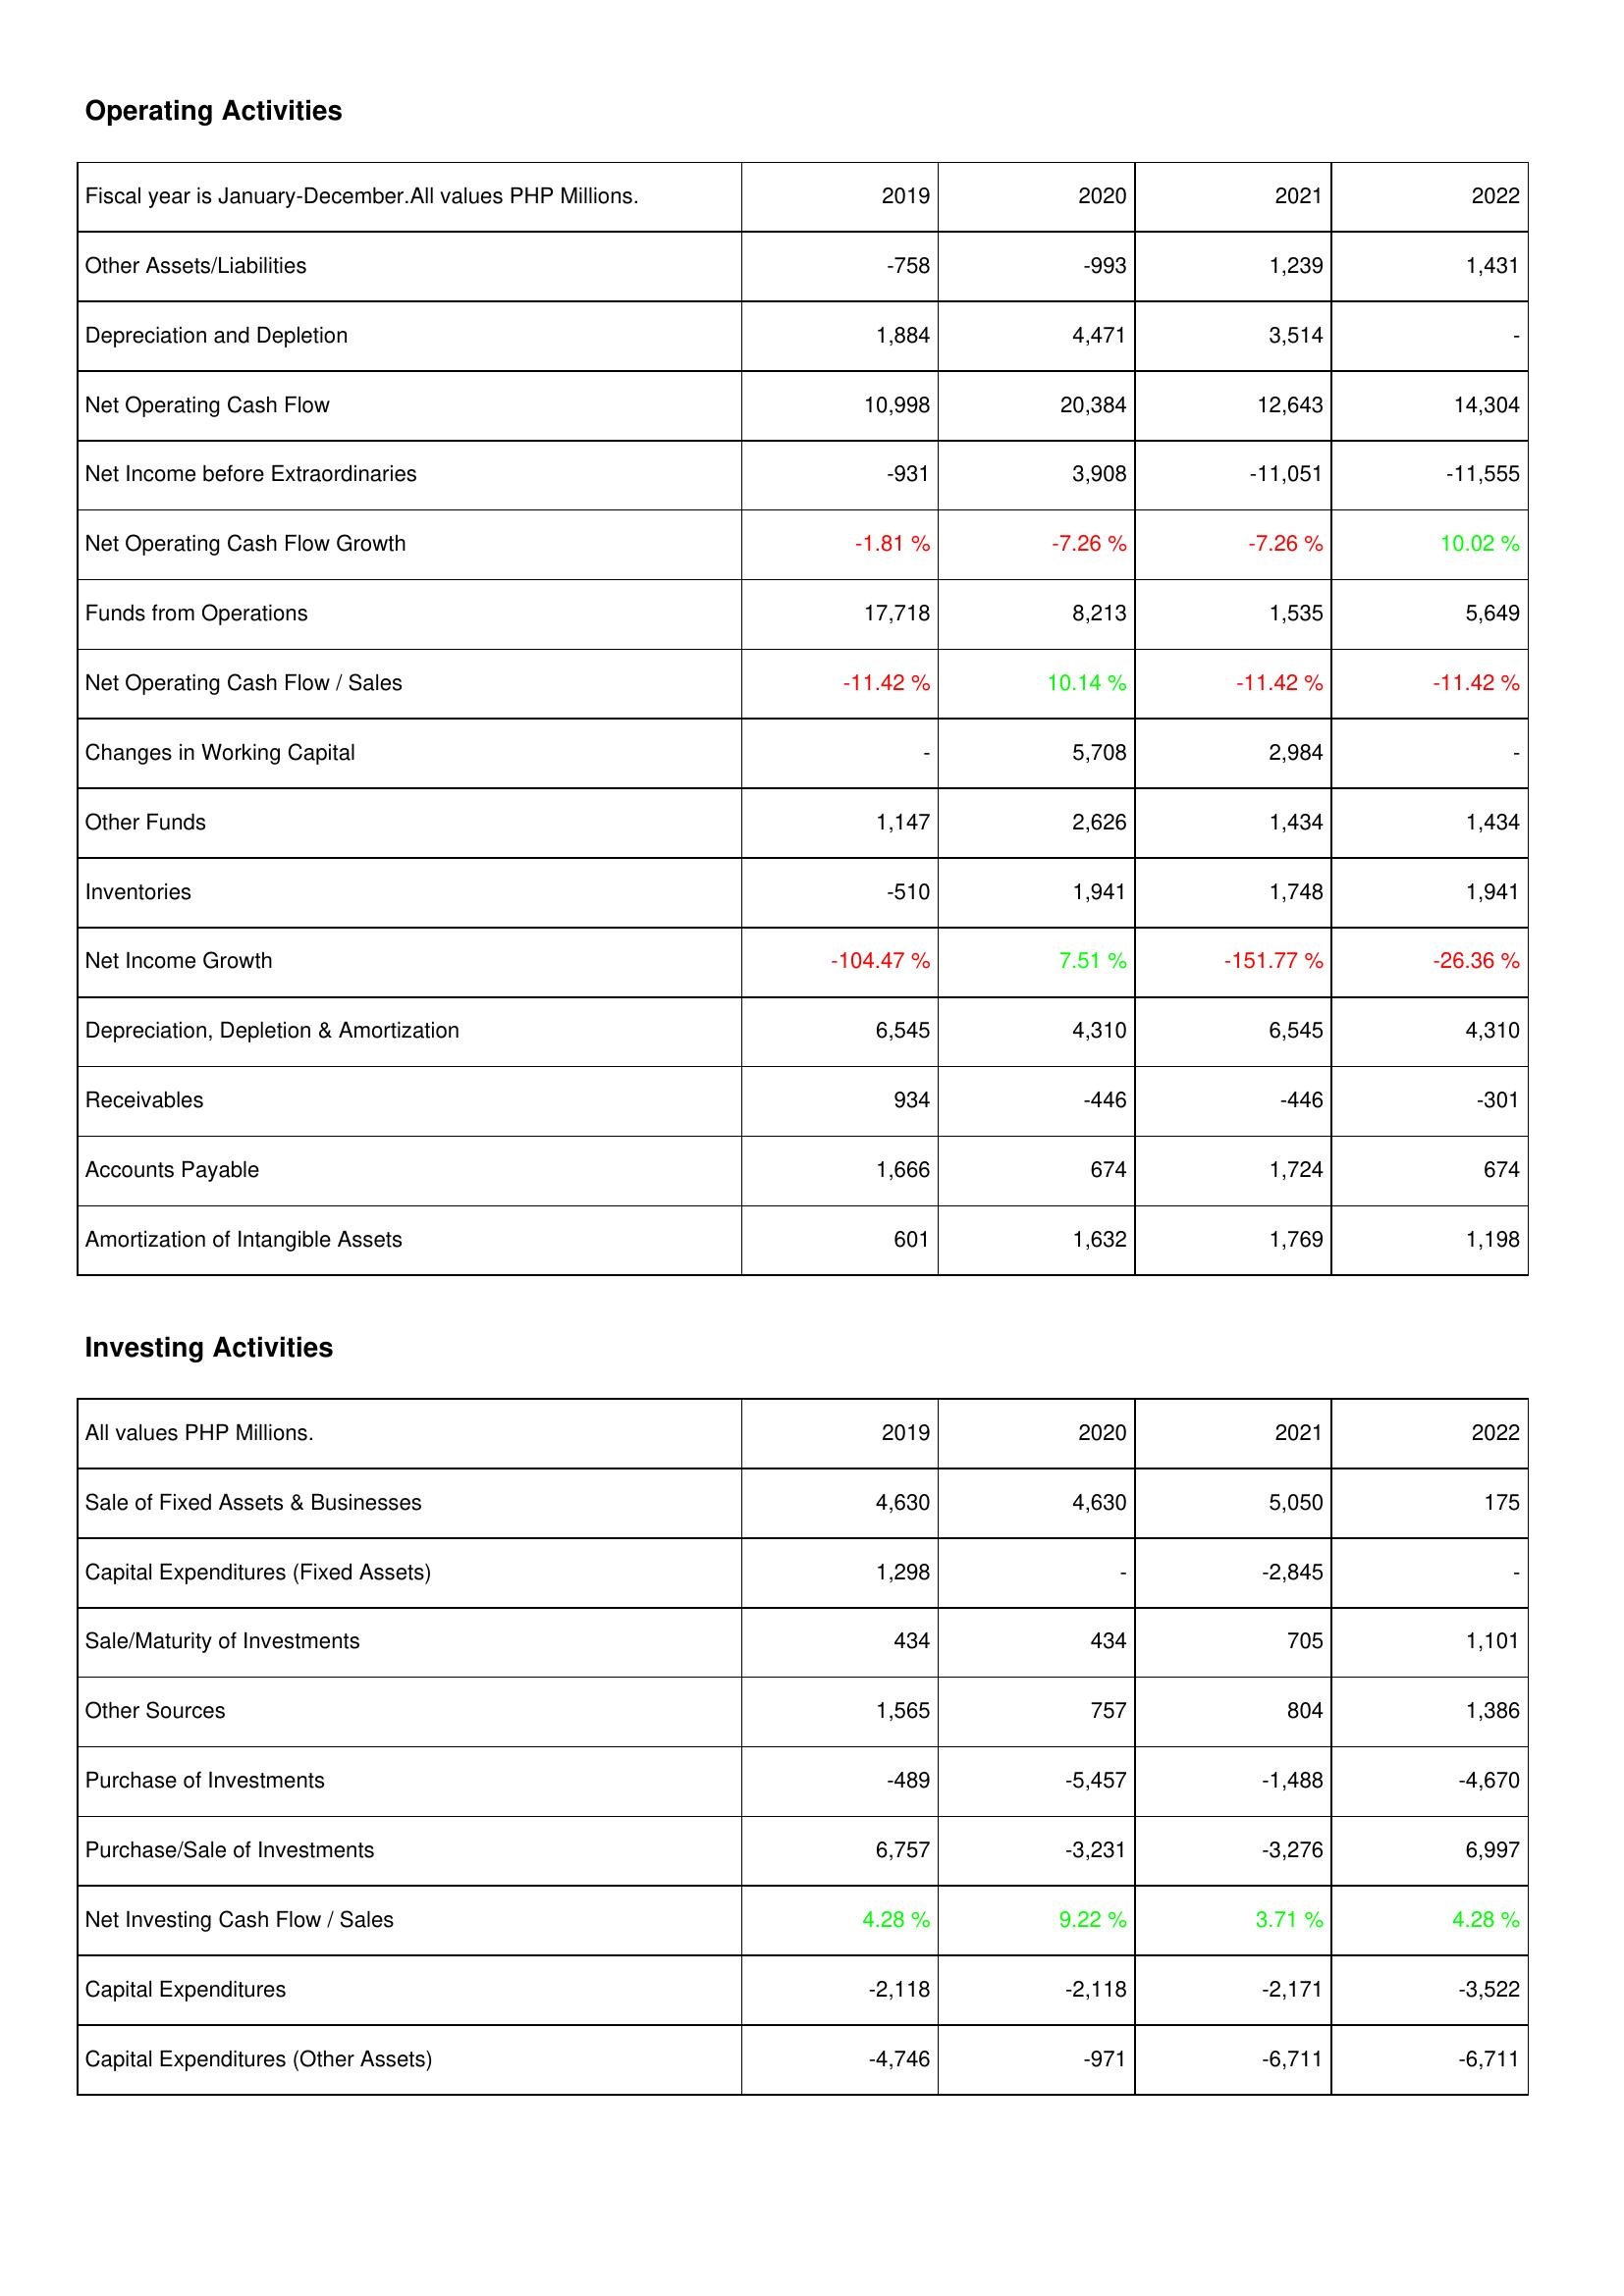
2019: Operating Activities: Other Assets/Liabilities: -758
Depreciation and Depletion: 1,884
Net Operating Cash Flow: 10,998
Net Income before Extraordinaries: -931
Net Operating Cash Flow Growth: -1.81 %
Funds from Operations: 17,718
Net Operating Cash Flow / Sales: -11.42 %
Changes in Working Capital: -
Other Funds: 1,147
Inventories: -510
Net Income Growth: -104.47 %
Depreciation, Depletion & Amortization: 6,545
Receivables: 934
Accounts Payable: 1,666
Amortization of Intangible Assets: 601
Investing Activities: Sale of Fixed Assets & Businesses: 4,630
Capital Expenditures (Fixed Assets): 1,298
Sale/Maturity of Investments: 434
Other Sources: 1,565
Purchase of Investments: -489
Purchase/Sale of Investments: 6,757
Net Investing Cash Flow / Sales: 4.28 %
Capital Expenditures: -2,118
Capital Expenditures (Other Assets): -4,746
2020: Operating Activities: Other Assets/Liabilities: -993
Depreciation and Depletion: 4,471
Net Operating Cash Flow: 20,384
Net Income before Extraordinaries: 3,908
Net Operating Cash Flow Growth: -7.26 %
Funds from Operations: 8,213
Net Operating Cash Flow / Sales: 10.14 %
Changes in Working Capital: 5,708
Other Funds: 2,626
Inventories: 1,941
Net Income Growth: 7.51 %
Depreciation, Depletion & Amortization: 4,310
Receivables: -446
Accounts Payable: 674
Amortization of Intangible Assets: 1,632
Investing Activities: Sale of Fixed Assets & Businesses: 4,630
Capital Expenditures (Fixed Assets): -
Sale/Maturity of Investments: 434
Other Sources: 757
Purchase of Investments: -5,457
Purchase/Sale of Investments: -3,231
Net Investing Cash Flow / Sales: 9.22 %
Capital Expenditures: -2,118
Capital Expenditures (Other Assets): -971
2021: Operating Activities: Other Assets/Liabilities: 1,239
Depreciation and Depletion: 3,514
Net Operating Cash Flow: 12,643
Net Income before Extraordinaries: -11,051
Net Operating Cash Flow Growth: -7.26 %
Funds from Operations: 1,535
Net Operating Cash Flow / Sales: -11.42 %
Changes in Working Capital: 2,984
Other Funds: 1,434
Inventories: 1,748
Net Income Growth: -151.77 %
Depreciation, Depletion & Amortization: 6,545
Receivables: -446
Accounts Payable: 1,724
Amortization of Intangible Assets: 1,769
Investing Activities: Sale of Fixed Assets & Businesses: 5,050
Capital Expenditures (Fixed Assets): -2,845
Sale/Maturity of Investments: 705
Other Sources: 804
Purchase of Investments: -1,488
Purchase/Sale of Investments: -3,276
Net Investing Cash Flow / Sales: 3.71 %
Capital Expenditures: -2,171
Capital Expenditures (Other Assets): -6,711
2022: Operating Activities: Other Assets/Liabilities: 1,431
Depreciation and Depletion: -
Net Operating Cash Flow: 14,304
Net Income before Extraordinaries: -11,555
Net Operating Cash Flow Growth: 10.02 %
Funds from Operations: 5,649
Net Operating Cash Flow / Sales: -11.42 %
Changes in Working Capital: -
Other Funds: 1,434
Inventories: 1,941
Net Income Growth: -26.36 %
Depreciation, Depletion & Amortization: 4,310
Receivables: -301
Accounts Payable: 674
Amortization of Intangible Assets: 1,198
Investing Activities: Sale of Fixed Assets & Businesses: 175
Capital Expenditures (Fixed Assets): -
Sale/Maturity of Investments: 1,101
Other Sources: 1,386
Purchase of Investments: -4,670
Purchase/Sale of Investments: 6,997
Net Investing Cash Flow / Sales: 4.28 %
Capital Expenditures: -3,522
Capital Expenditures (Other Assets): -6,711